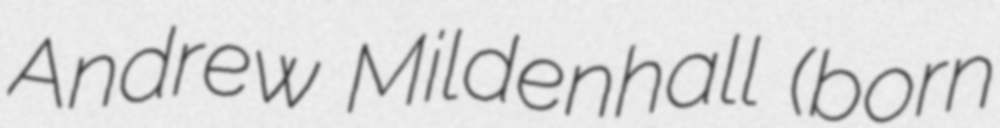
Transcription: Andrew Mildenhall (born